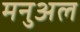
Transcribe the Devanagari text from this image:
मनुअल